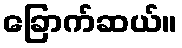
ခြောက်ဆယ်။